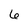
Character: 6